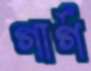
গার্গ